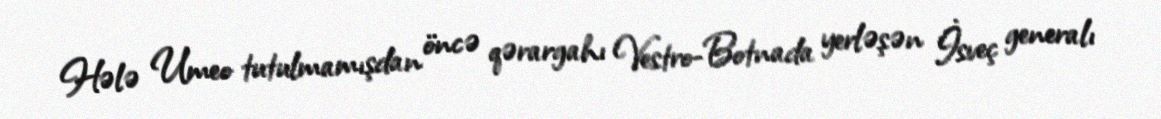
Hələ Umeo tutulmamışdan öncə qərargahı Vestro-Botnada yerləşən İsveç generalı